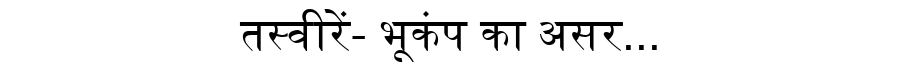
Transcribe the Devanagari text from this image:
तस्वीरें- भूकंप का असर...